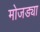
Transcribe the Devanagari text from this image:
मोजड्या